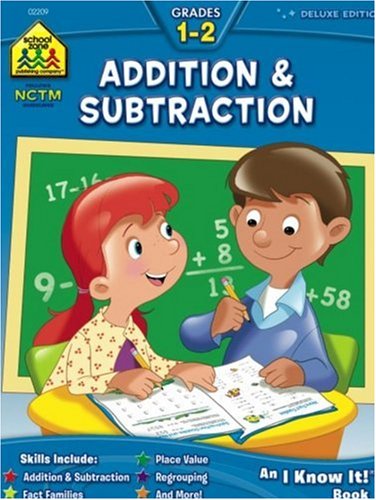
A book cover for Workbooks-Addition and Subtraction Grades 1-2; Barbara Bando; Children's Books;